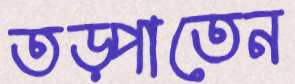
তড়্‌পাতেন